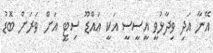
އޭނާ އަދި ވިދާޅުވީ އީސީސީ އަކީ އައްޑޫ ސިޓީ އަށް ވަރަށް ބޮޑު